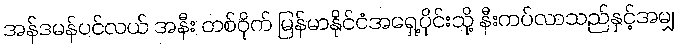
အန်ဒမန်ပင်လယ် အနီး တစ်ဝိုက် မြန်မာနိုင်ငံအရှေ့ပိုင်းသို့ နီးကပ်လာသည်နှင့်အမျှ